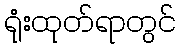
ရုံးထုတ်ရာတွင်